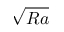
\sqrt { R a }